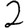
Digit: 2